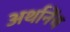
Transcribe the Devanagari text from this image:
अर्थानेंच